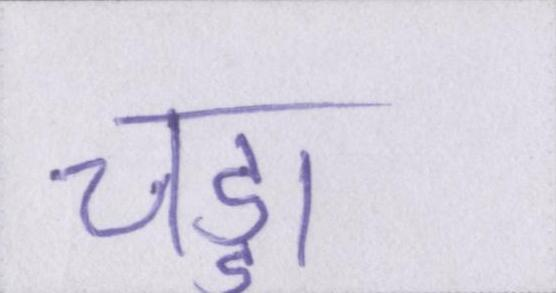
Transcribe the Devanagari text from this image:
चड्डा